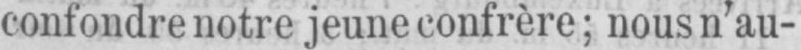
confondre notre jeune confrère; nous n’au-